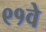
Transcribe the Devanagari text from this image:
९१वे